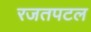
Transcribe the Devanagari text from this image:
रजतपटल